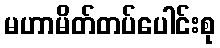
မဟာမိတ်တပ်ပေါင်းစု